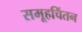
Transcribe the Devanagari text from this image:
समूहचिंतन